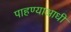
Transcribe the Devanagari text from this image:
पाहण्याआधी